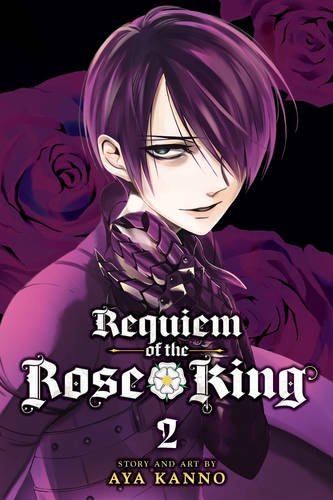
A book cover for Requiem of the Rose King, Vol. 2; Aya Kanno; Comics & Graphic Novels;